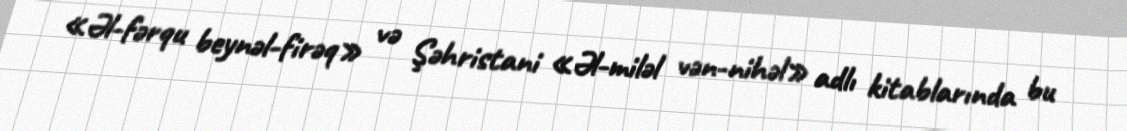
«Əl-fərqu beynəl-firəq» və Şəhristani «Əl-miləl vən-nihəl» adlı kitablarında bu